Source: Handwritten
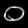
Digit: ၀ (0)